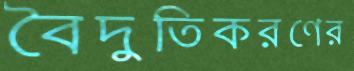
বৈদুতিকরণের